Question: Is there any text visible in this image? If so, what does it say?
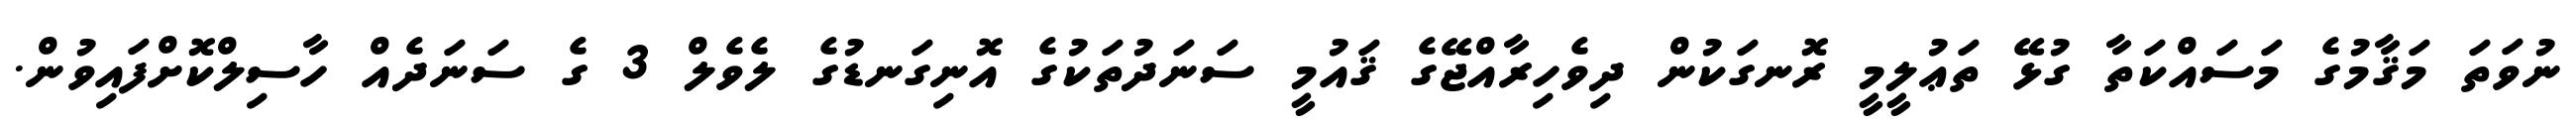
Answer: ނުވަތަ މަޤާމުގެ މަސައްކަތާ ގުޅޭ ތަޢުލީމީ ރޮނގަކުން ދިވެހިރާއްޖޭގެ ޤައުމީ ސަނަދުތަކުގެ އޮނިގަނޑުގެ ލެވެލް 3 ގެ ސަނަދެއް ހާސިލްކޮށްފައިވުން.